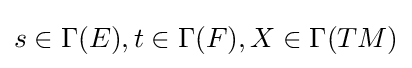
s\in \Gamma (E),t\in \Gamma (F),X\in \Gamma (TM)